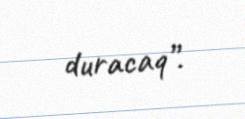
duracaq”.